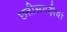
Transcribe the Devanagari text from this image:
छत्तीसगढ़ीयां